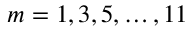
m = 1 , 3 , 5 , \ldots , 1 1